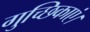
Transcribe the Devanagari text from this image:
गुच्छिकाएं।